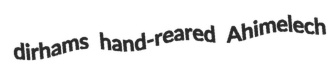
dirhams hand-reared Ahimelech